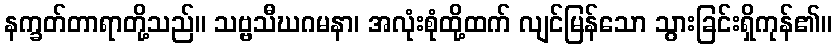
နက္ခတ်တာရာတို့သည်။ သဗ္ဗသီဃဂမနာ၊ အလုံးစုံထို့ထက် လျင်မြန်သော သွားခြင်းရှိကုန်၏။